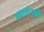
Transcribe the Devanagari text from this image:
स्वातंत्र्यही